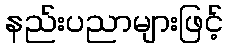
နည်းပညာများဖြင့်